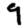
Digit: 9